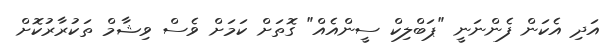
އަދި އެކަން ފެންނަނީ "ޕަބްލިކް ސީންއެއް" ގޮތަށް ކަމަށް ވެސް ވިޝާމް ތަކުރާރުކޮށް